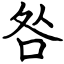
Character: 咎